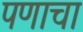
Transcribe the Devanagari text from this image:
पणाचा